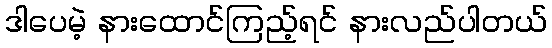
ဒါပေမဲ့ နားထောင်ကြည့်ရင် နားလည်ပါတယ်